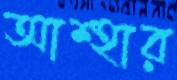
আশ্হার